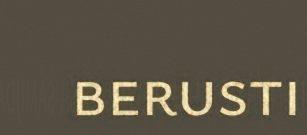
berusti